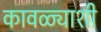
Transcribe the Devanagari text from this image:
कावळ्याशी